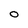
Character: O